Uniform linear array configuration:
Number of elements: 12
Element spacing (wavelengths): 1
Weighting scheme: exponential
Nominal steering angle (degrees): -45
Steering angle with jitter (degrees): -46.337
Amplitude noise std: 0.05
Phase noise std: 0.05

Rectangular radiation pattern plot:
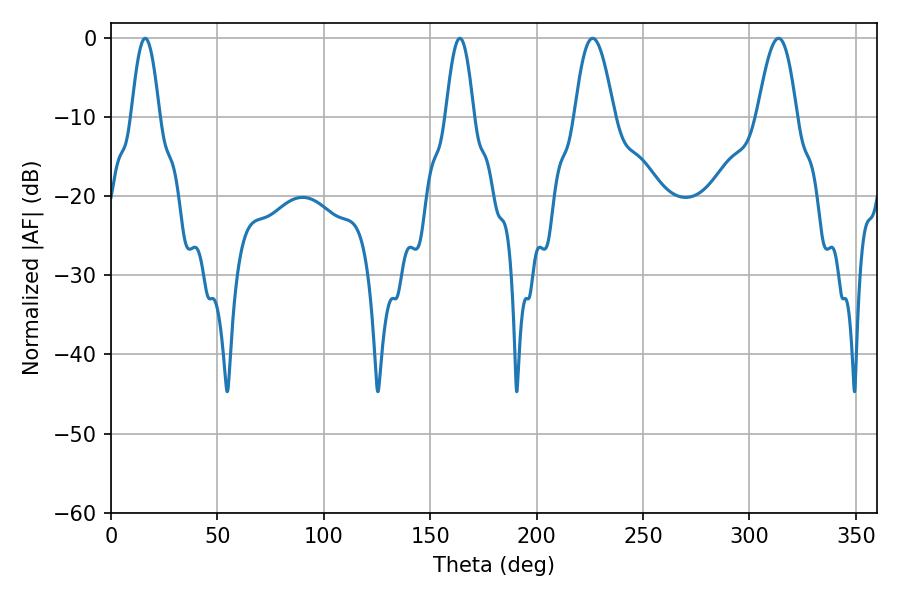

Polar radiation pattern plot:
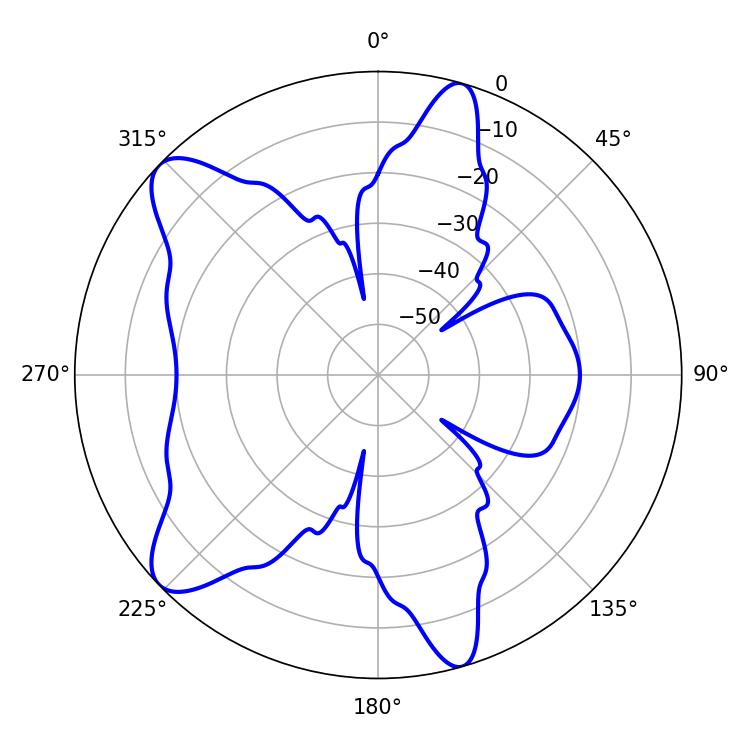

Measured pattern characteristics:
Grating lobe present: TRUE
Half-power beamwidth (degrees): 10.08
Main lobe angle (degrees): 226.26